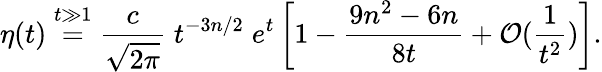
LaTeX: \eta(t)\stackrel{t\gg 1}{=}{\frac{c}{\sqrt{2\pi}}}\; t^{-3n/2}\; e^{t}\left[1-\frac{9n^{2}-6n}{8t}+{\cal O}({\frac{1}{t^{2}}})\right].